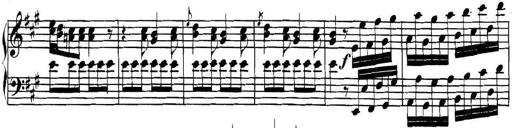
Title: Collected Piano Sonatas
Composer: Muzio Clementi